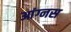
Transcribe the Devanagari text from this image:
आंग्नस